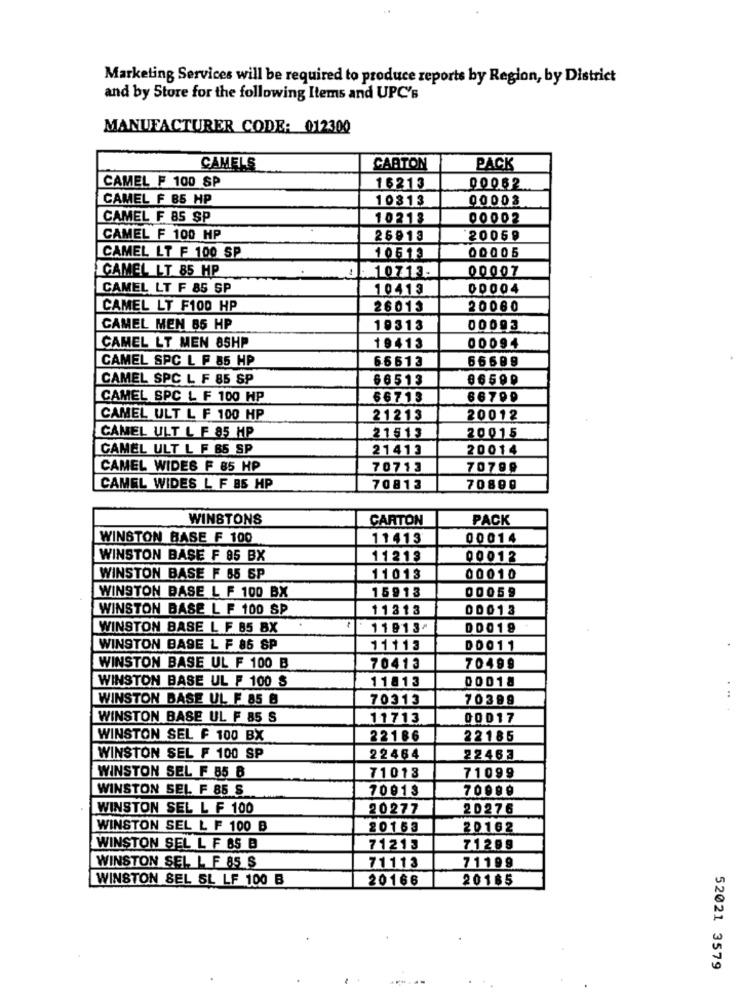
Marketing Services will be required to produce reports by Region, by District
and by Store for the following Items and UPC's
MANUFACTURER CODE: 012300
CAMELS
CARTON
PACK
CAMEL F 100 SP
16213
00062
CAMEL F 85 HP
10813
00003
CAMEL F 85 SP
10218
00002
CAMEL F 100 HP
26913
20069
CAMEL LT F 100 SP
10513
00005
CAMEL LT 85 HP
10713-
00007
CAMEL LT F 85 SP
10413
00004
CAMEL LT F100 HP
26013
20060
CAMEL MEN 85 HP
19313
00093
CAMEL LT MEN 85HP
19413
00094
CAMEL SPC L F 85 HP
66613
66699
CAMEL SPC L F 85 SP
66513
86599
CAMEL SPC L F 100 HP
66713
66700
CAMEL ULT L F 100 HP
21213
20012
CAMEL ULT L F 85 HP
21513
20015
CAMEL ULT L F 65 SP
21413
20014
CAMEL WIDES F 85 HP
70713
70799
CAMEL WIDES L F 85 HP
70813
70899
WINSTONS
CARTON
PACK
WINSTON BASE F 100
11413
00014
WINSTON BASE F 85 BX
11218
00012
WINSTON BASE F 65 5P
11013
00010
15913
00059
WINSTON BASE L F 100 BX
WINSTON BASE L F 100 SP
11313
00013
WINSTON BASE L F 85 BX
11913⑈
DD019
WINSTON BASE L F 86 SP
11113
D0011
WINSTON BASE UL F 100 B
70413
70499
WINSTON BASE UL F 100 S
11813
00018
WINSTON BASE UL F 85 6
70313
70399
WINSTON BASE UL F 85 S
11713
00017
WINSTON SEL F 100 BX
22186
22185
WINSTON SEL F 100 SP
22464
22463
WINSTON SEL F 85 8
71013
71099
WINSTON SEL F 85 S
70013
70099
WINSTON SEL L F 100
20277
20276
WINSTON SEL L F 100 B
20163
20162
WINSTON SEL L F 65 B
71213
71299
WINSTON SEL L F 85 S
71113
71199
WINSTON SEL SL LF 100 B
20166
20185
52021 3579